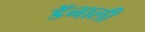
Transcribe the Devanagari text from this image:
डॅनाली